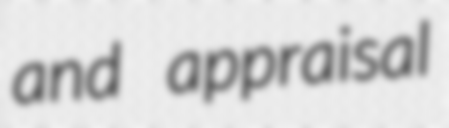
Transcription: and appraisal